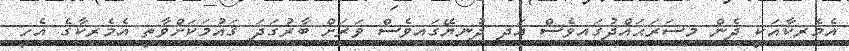
އެމެރިކާއަކީ ދެން މިސަރަޙައްދުގައިވެސް އަދި ދުނިޔޭގައިވެސް ވަރަށް ބާރުގަދަ ޤައުމަކަށްވާތީ އެމެރިކާގެ އެހީ